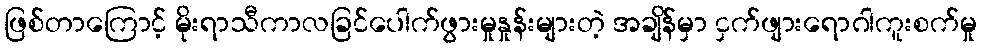
ဖြစ်တာကြောင့် မိုးရာသီကာလခြင်ပေါက်ဖွားမှုနှုန်းများတဲ့ အချိန်မှာ ငှက်ဖျားရောဂါကူးစက်မှု